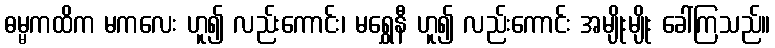
ဓမ္မကထိက မကလေး ဟူ၍ လည်းကောင်း၊ မရွှေနီ ဟူ၍ လည်းကောင်း အမျိုးမျိုး ခေါ်ကြသည်။